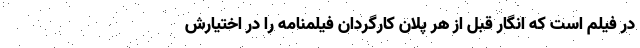
در فیلم است که انگار قبل از هر پلان کارگردان فیلمنامه را در اختیارش